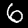
Digit: 6